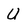
Character: U